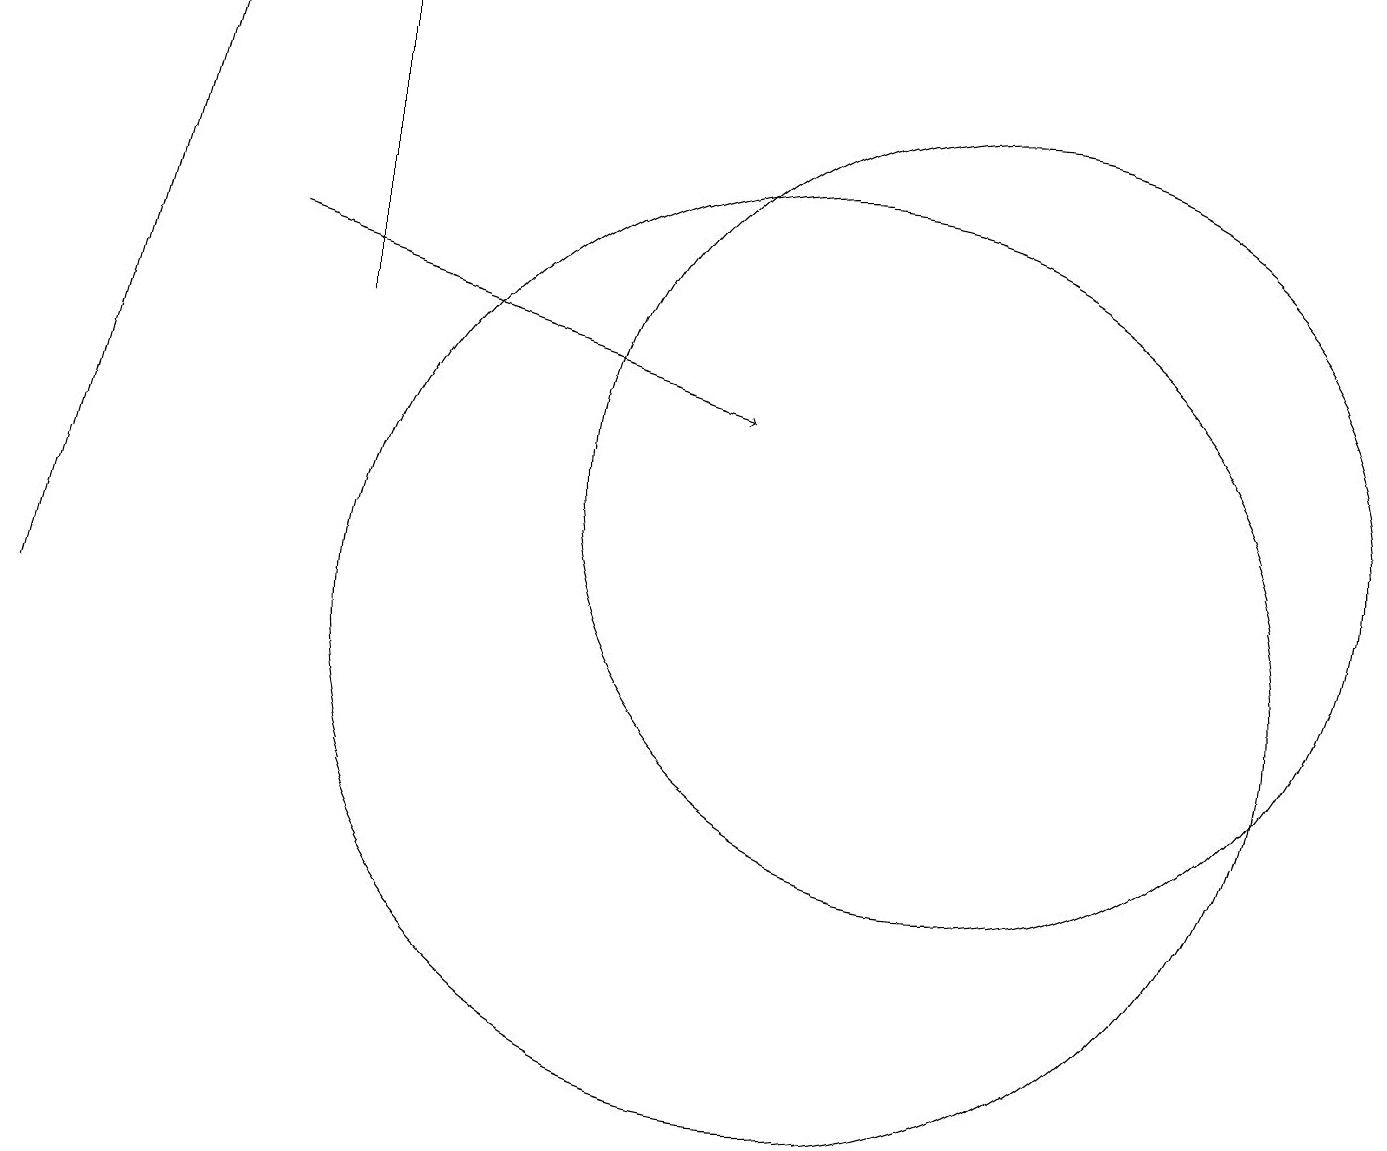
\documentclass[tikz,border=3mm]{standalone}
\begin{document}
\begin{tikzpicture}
\draw (10,10) circle (6);
\draw[->] (3,15) -- (9,13);
\draw (12,12) circle (5);
\draw[->] (0,10) -- (2,18);
\draw (4,18) rectangle (4,14);
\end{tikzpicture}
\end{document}